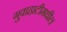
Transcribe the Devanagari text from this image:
गुवाहाटीमधील